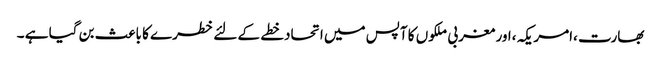
بھارت ،امریکہ ،اور مغربی ملکوں کا آپس میں اتحادخطے کے لئے خطرے کا باعث بن گیا ہے ۔